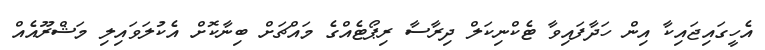
އެހީގައިޖައިކާ އިން ހަދާފައިވާ ޓެކްނިކަލް ދިރާސާ ރިޕޯޓެއްގެ މައްޗަށް ބިނާކޮށް އެކުލަވައިލި މަޝްރޫއެއް